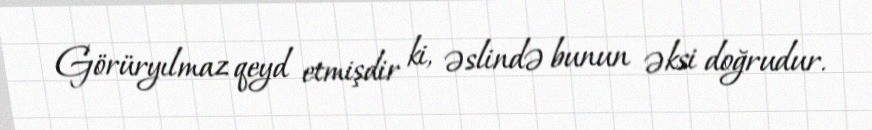
Görüryılmaz qeyd etmişdir ki, əslində bunun əksi doğrudur.